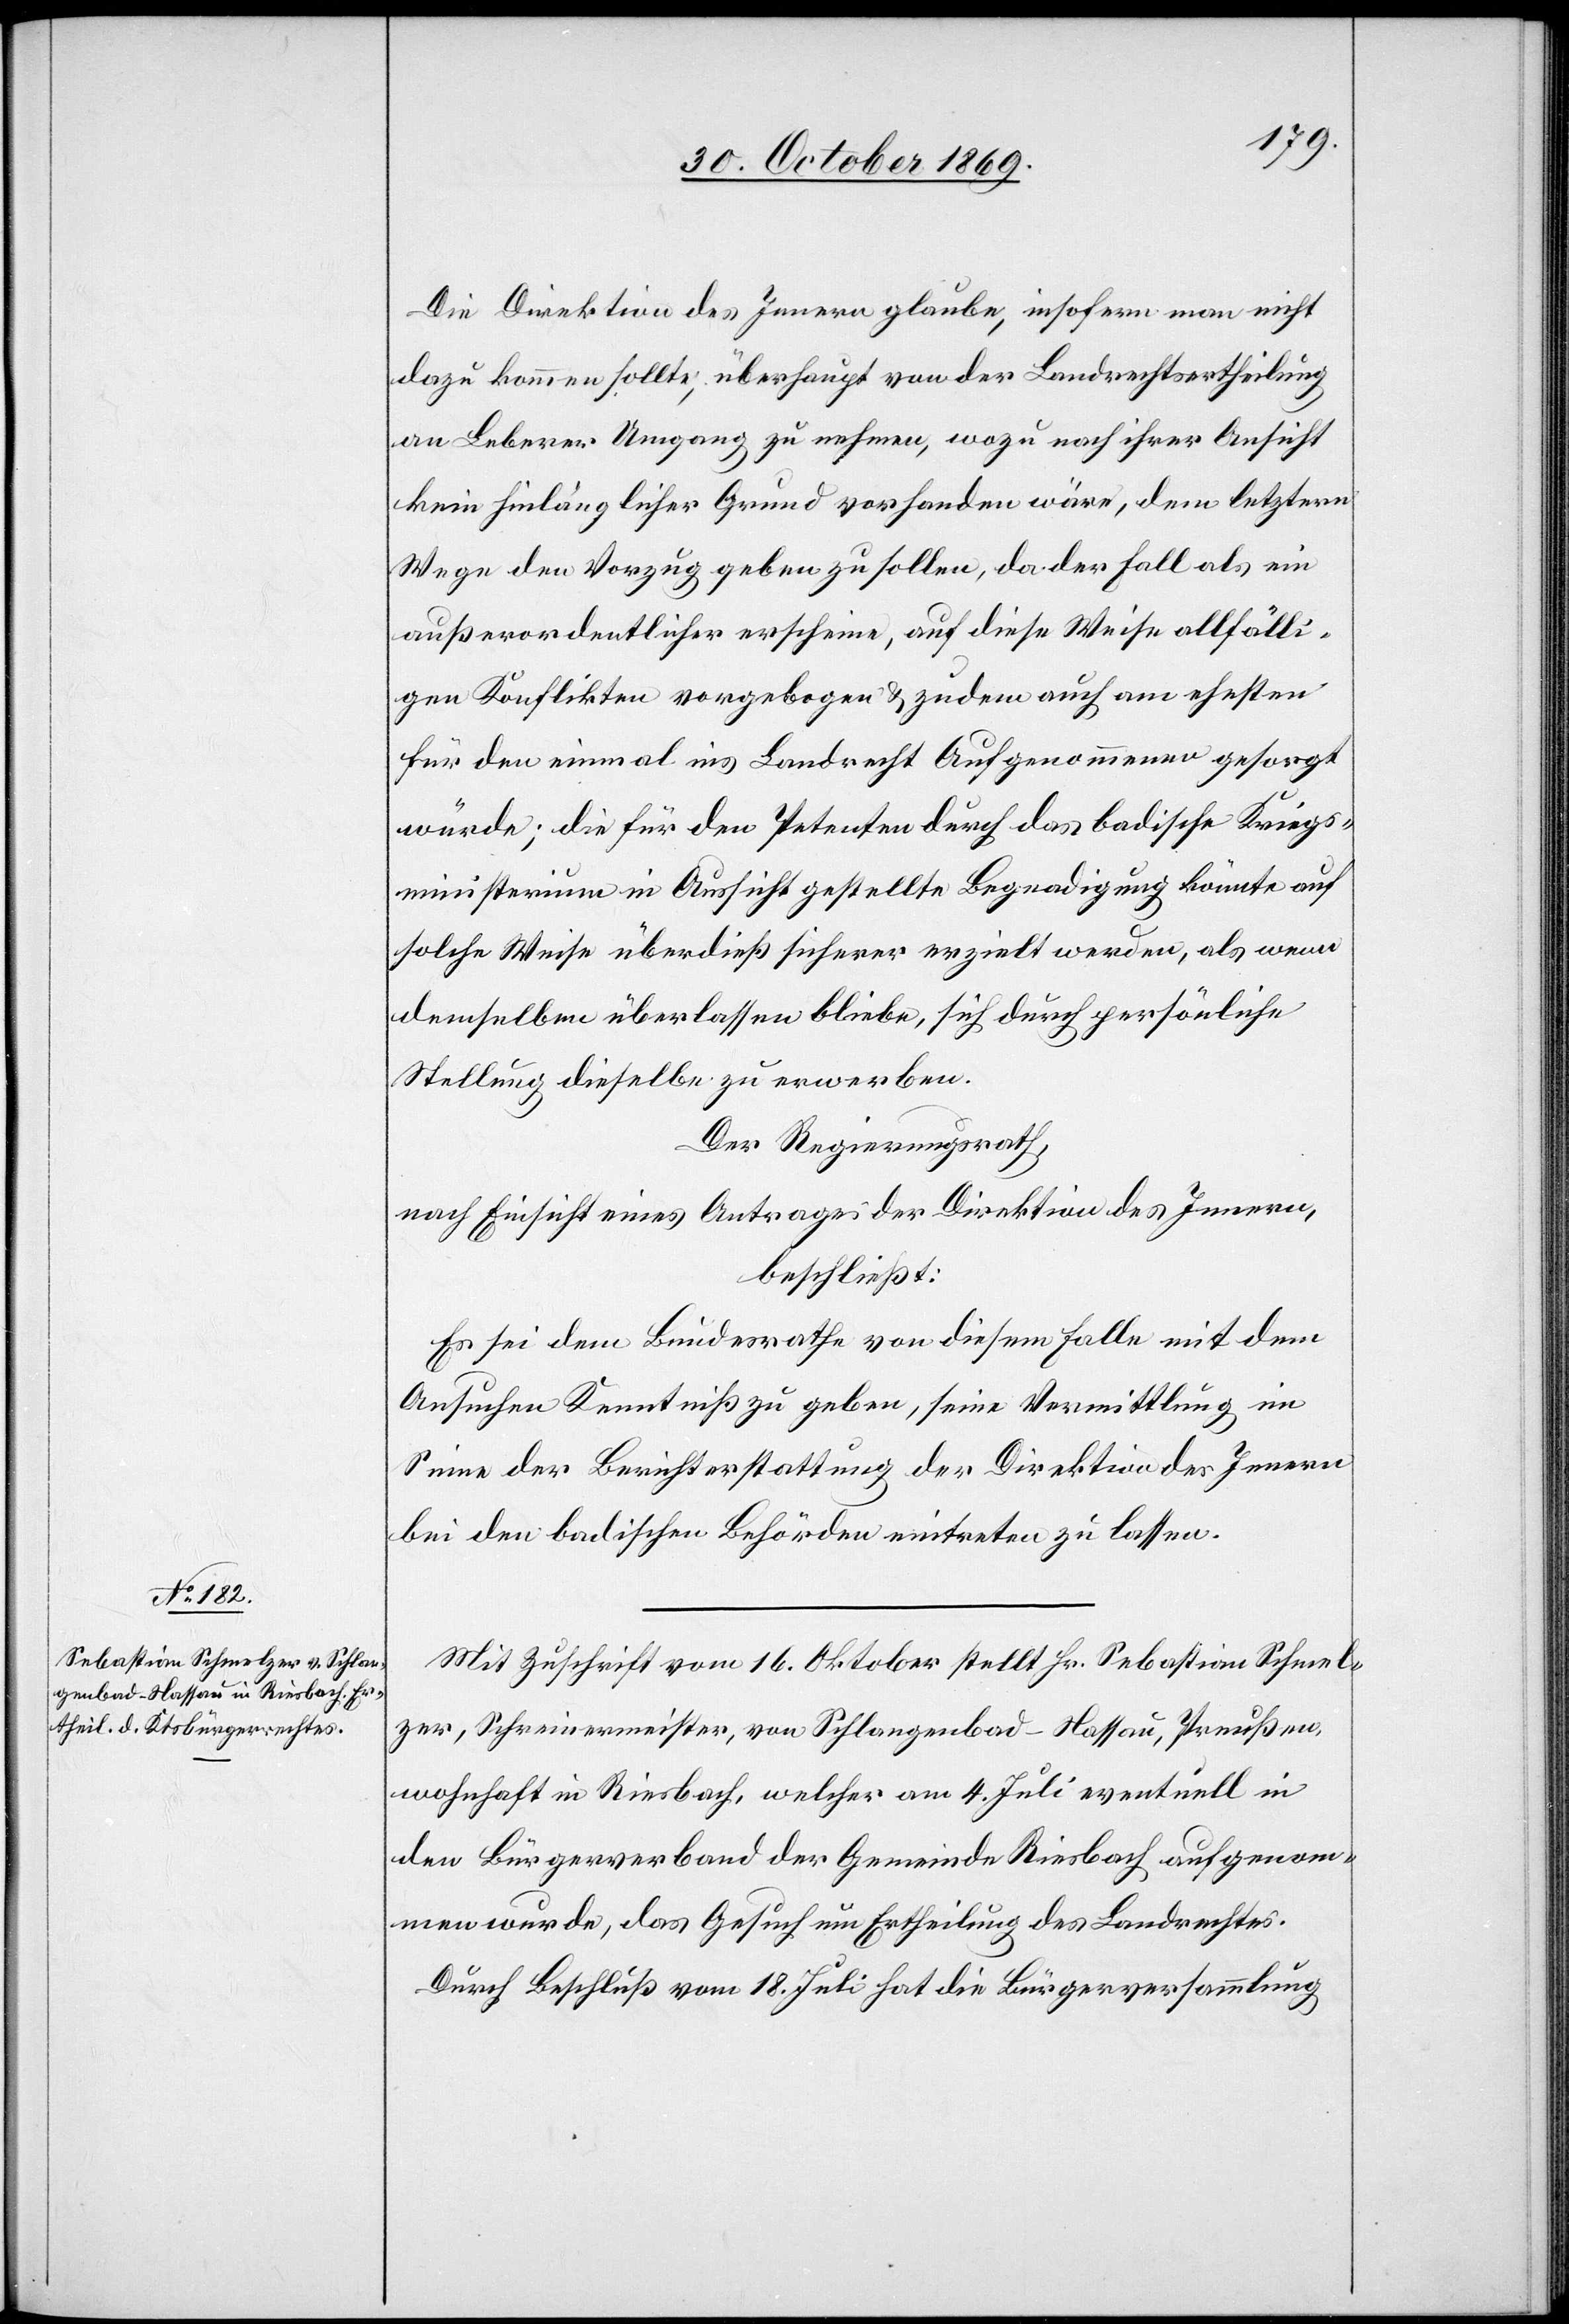
Die Direktion des Innern glaube, insofern man nicht
dazu kommen sollte, überhaupt von der Landrechtsertheilung
an Leberer Umgang zu nehmen, wozu nach ihrer Ansicht
kein hinlänglicher Grund vorhanden wäre, dem letztern
Wege den Vorzug geben zu sollen, da der Fall als ein
außerordentlicher erscheine, auf diese Weise allfälli¬
gen Konflikten vorgebogen & zudem auch am ehesten
für den einmal ins Landrecht Aufgenommenen gesorgt
würde; die für den Petenten durch das badische Kriegs¬
ministerium in Aussicht gestellte Begnadigung könnte auf
solche Weise überdieß sicherer erzielt werden, als wenn
demselben überlassen bliebe, sich durch persönliche
Stellung dieselbe zu erwerben.
Der Regierungsrath,
nach Einsicht eines Antrages der Direktion des Innern,
beschließt:
Es sei dem Bundesrathe von diesem Falle mit dem
Ansuchen Kenntniß zu geben, seine Vermittlung im
Sinne der Berichterstattung der Direktion des Innern
bei den badischen Behörden eintreten zu lassen.
Mit Zuschrift vom 16. Oktober stellt Hr. Sebastian Schmel¬
zer, Schreinermeister, von Schlangenbad - Nassau, Preußen,
wohnhaft in Riesbach, welcher am 4. Juli eventuell in
den Bürgerverband der Gemeinde Riesbach aufgenom¬
men wurde, das Gesuch um Ertheilung des Landrechtes.
Durch Beschluß vom 18. Juli hat die Bürgerversammlung